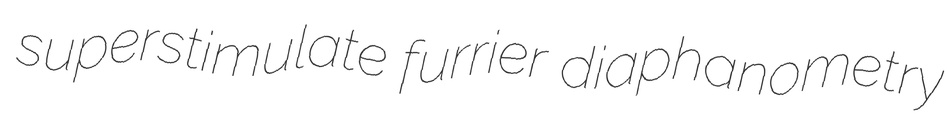
superstimulate furrier diaphanometry